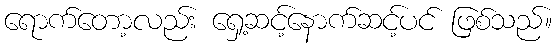
ရောက်တော့လည်း ရှေ့ဆင့်နောက်ဆင့်ပင် ဖြစ်သည်။